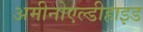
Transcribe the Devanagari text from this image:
अमीनोएल्डीहाइड